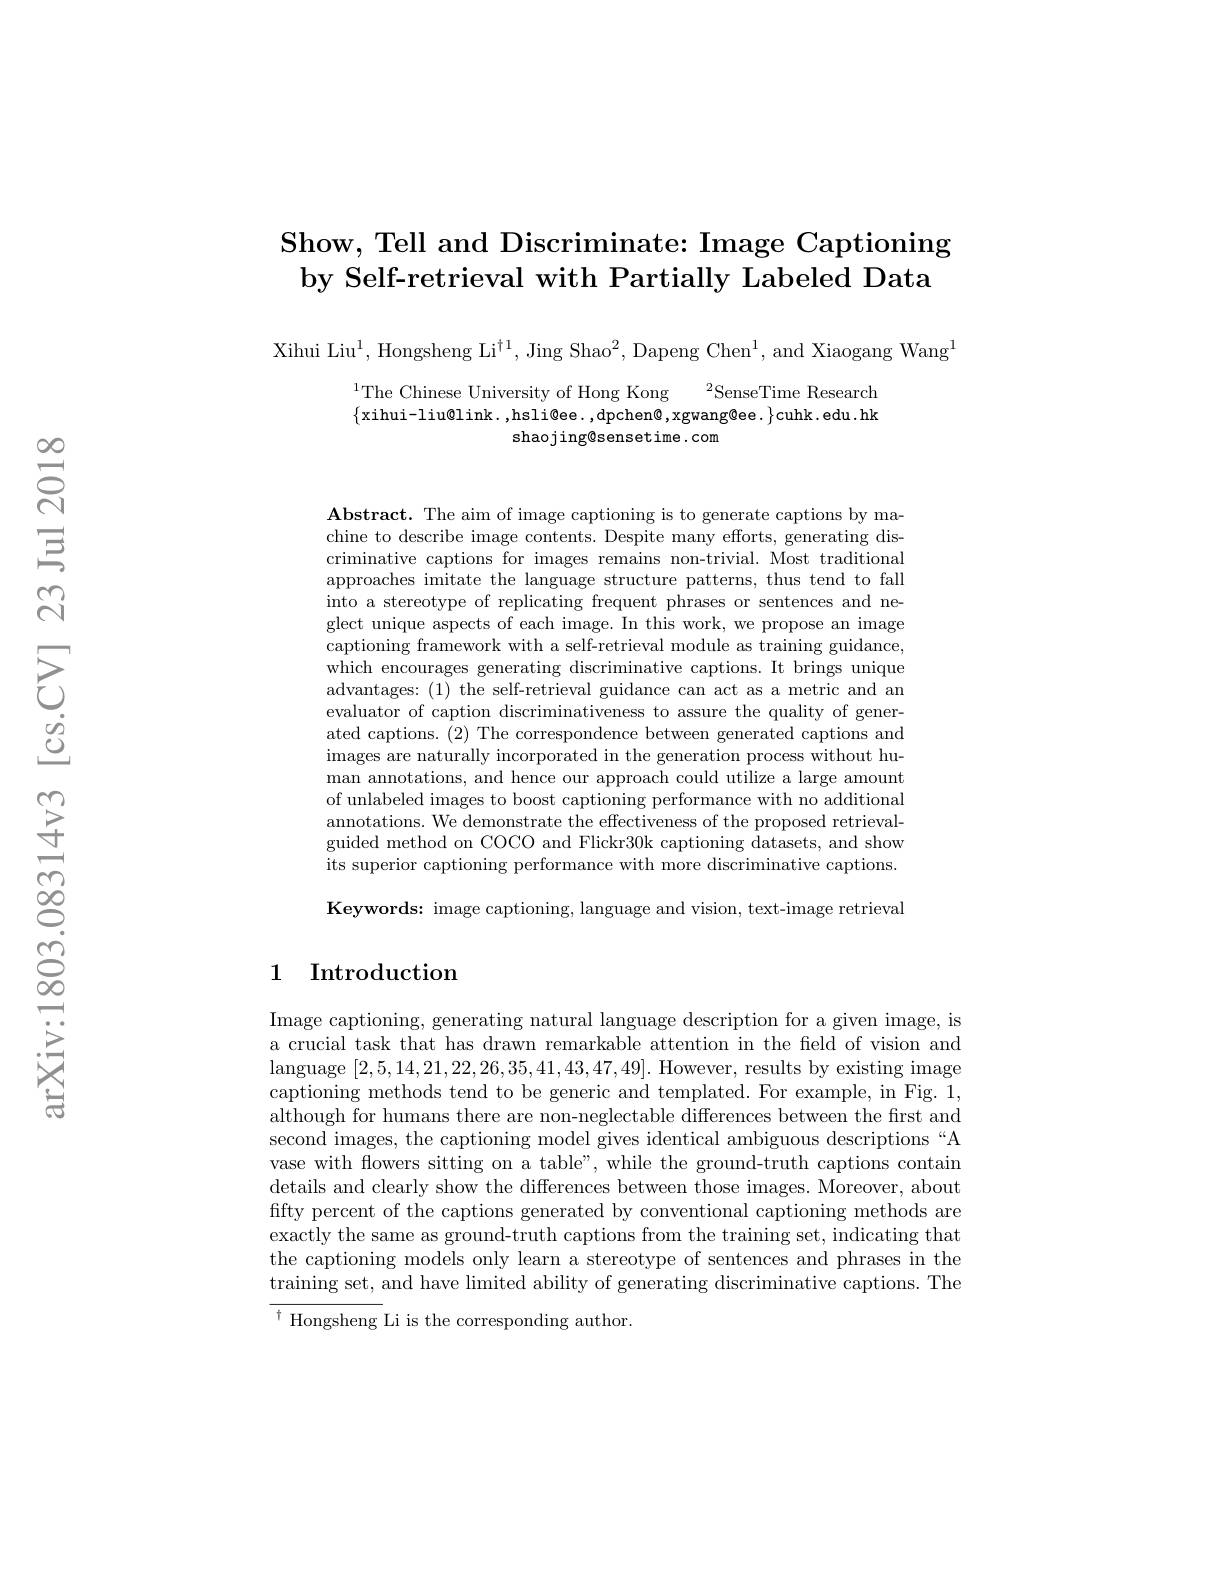
# Show, Tell and Discriminate: Image Captioning by Self-retrieval with Partially Labeled Data

Xihui Liu$^1$,Hongsheng Li$^\dagger1$,Jing Shao$^2$,Dapeng Chen$^1$,and Xiaogang Wang$^1$

$^{1}$The Chinese University of Hong Kong$^2$SenseTime Research $\{$xihui-liu@link.,hsli@ee.,dpchen@,xgwang@ee. $\}$cuhk.edu.hk
shaojing@sensetime.com

$\mathbf{Abstract.~The~aim~of~image~captioning~is~to~generate~captions~by~ma-}$ chine to describe image contents. Despite many efforts, generating discriminative captions for images remains non-trivial. Most traditional approaches imitate the language structure patterns, thus tend to fall into a stereotype of replicating frequent phrases or sentences and neglect unique aspects of each image. In this work, we propose an image captioning framework with a self-retrieval module as training guidance, which encourages generating discriminative captions. It brings unique advantages: (1) the self-retrieval guidance can act as a metric and an evaluator of caption discriminativeness to assure the quality of generated captions. (2) The correspondence between generated captions and images are naturally incorporated in the generation process without human annotations, and hence our approach could utilize a large amount of unlabeled images to boost captioning performance with no additional annotations. We demonstrate the effectiveness of the proposed retrievalguided method on COCO and Flickr30k captioning datasets, and show its superior captioning performance with more discriminative captions. Keywords: image captioning, language and vision, text-image retrieval

## 1 Introduction

Image captioning, generating natural language description for a given image, is a crucial task that has drawn remarkable attention in the field of vision and language [2,5,14,21,22,26,35,41,43,47,49]. However, results by existing image captioning methods tend to be generic and templated. For example, in Fig. 1, although for humans there are non-neglectable differences between the first and second images, the captioning model gives identical ambiguous descriptions“A vase with flowers sitting on a table", while the ground-truth captions contain details and clearly show the differences between those images. Moreover, about fifty percent of the captions generated by conventional captioning methods are exactly the same as ground-truth captions from the training set, indicating that the captioning models only learn a stereotype of sentences and phrases in the training set, and have limited ability of generating discriminative captions. The ${^{\dagger}\text{Hongsheng Li is the corresponding author.}}$